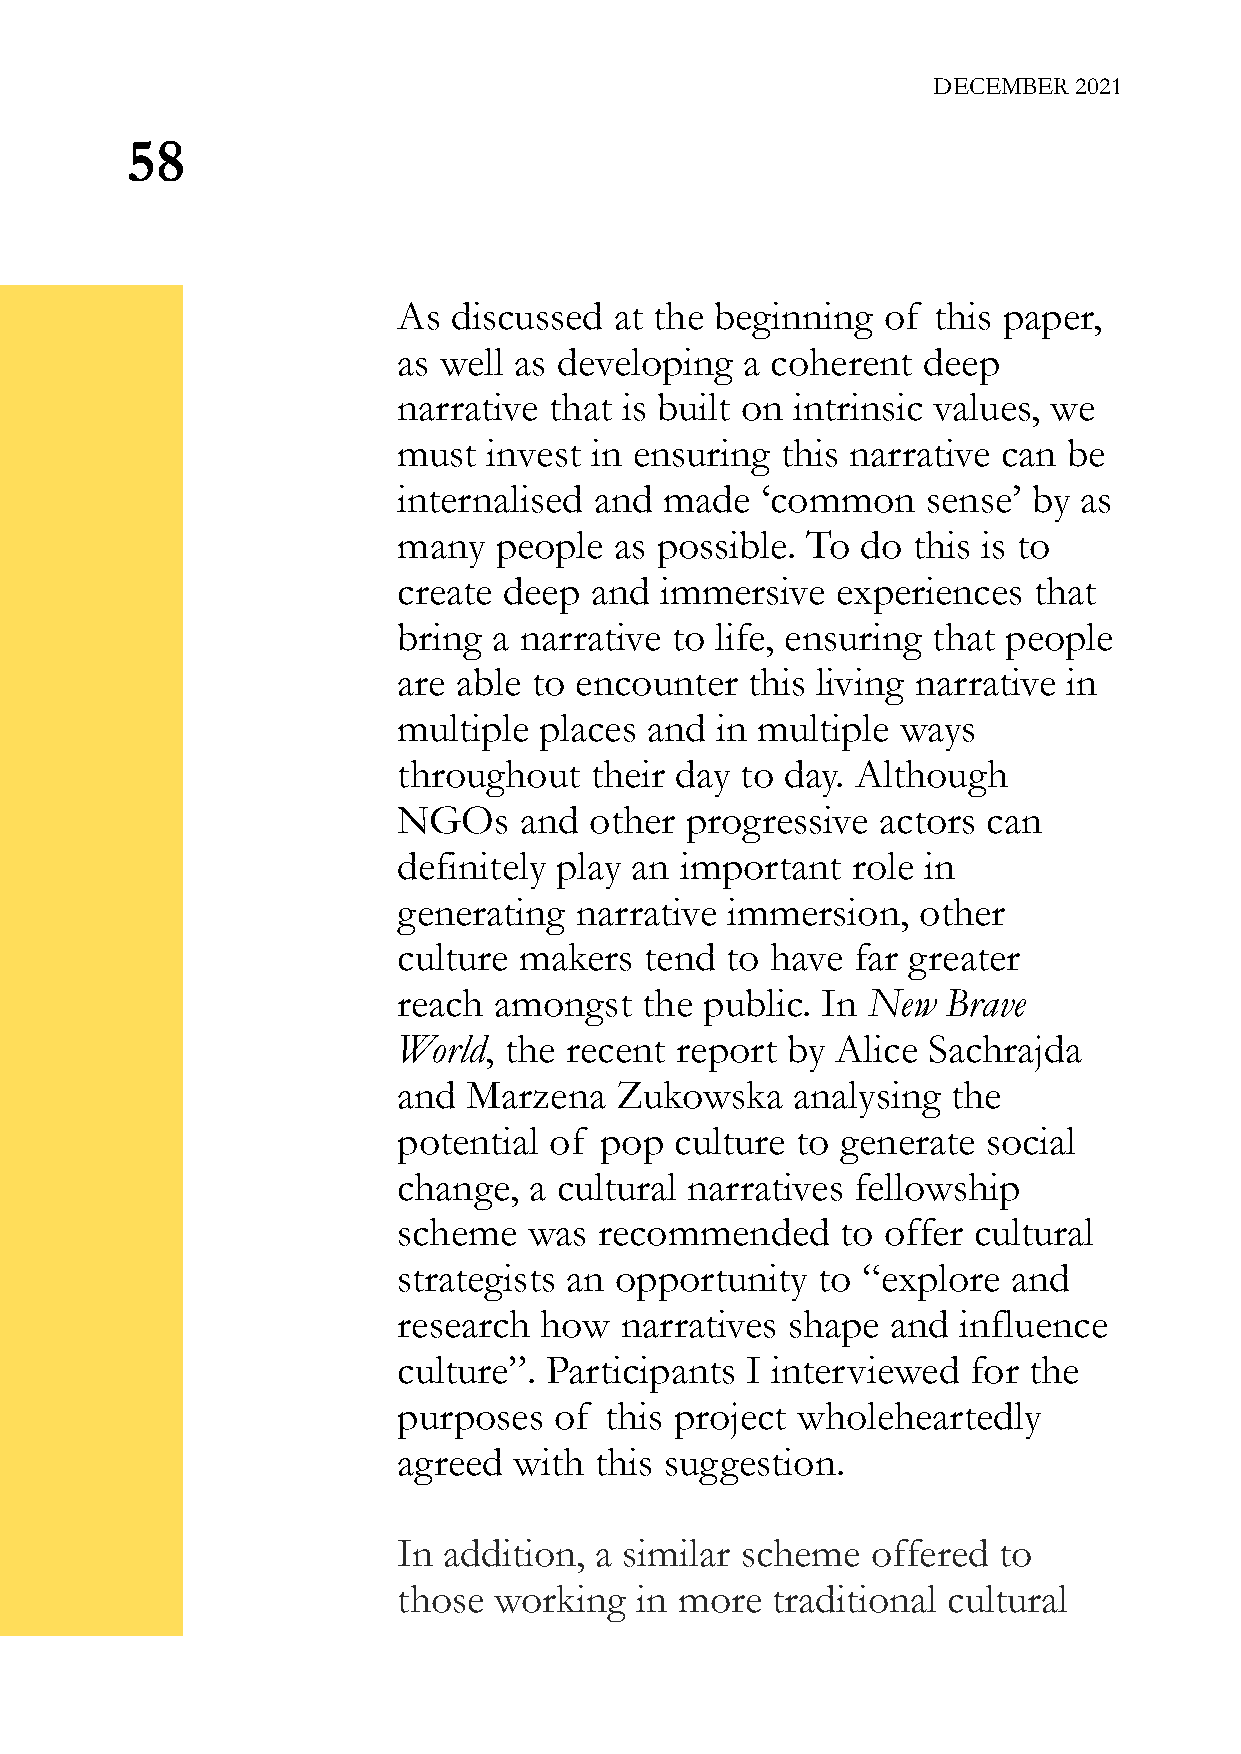
DECEMBER 2021
 58
 As  discussed  at the beginning of  this paper,
 as well as developing  a coherent  deep
 narrative that is built on intrinsic values, we
 must  invest in ensuring  this narrative can be
 internalised and  made  ‘common    sense’ by as
 many   people  as possible. To do this is to
 create deep  and  immersive  experiences  that
 bring  a narrative to life, ensuring that people
 are able to encounter   this living narrative in
 multiple  places and in multiple  ways
 throughout   their day to day. Although
 NGOs    and  other progressive  actors can
 definitely play an important  role in
 generating  narrative immersion,   other
 culture makers   tend to have  far greater
 reach  amongst  the  public. In New  Brave
 World, the recent  report by Alice Sachrajda
 and  Marzena   Zukowska    analysing the
 potential of  pop  culture to generate social
 change,  a cultural narratives fellowship
 scheme   was  recommended     to offer cultural
 strategists an opportunity  to “explore  and
 research  how  narratives shape  and influence
 culture”. Participants I interviewed  for the
 purposes   of this project wholeheartedly
 agreed  with this suggestion.
 In addition, a similar scheme   offered to
 those  working  in more  traditional cultural